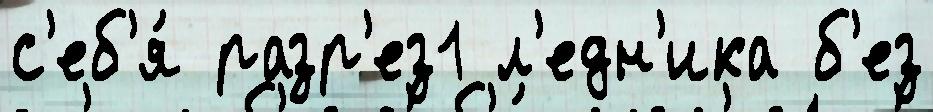
с'еб'я́ разр'ез1 л'едн'ика б'ез